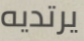
يرتديه